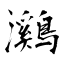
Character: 鸂